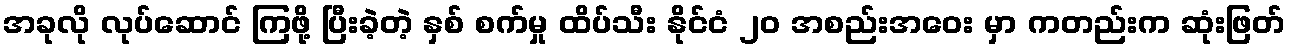
အခုလို လုပ်ဆောင် ကြဖို့ ပြီးခဲ့တဲ့ နှစ် စက်မှု ထိပ်သီး နိုင်ငံ ၂၀ အစည်းအဝေး မှာ ကတည်းက ဆုံးဖြတ်